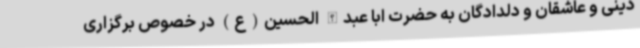
دینی و عاشقان و دلدادگان به حضرت ابا عبدالله الحسین(ع) در خصوص برگزاری